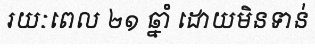
រយៈពេល ២១ ឆ្នាំ ដោយមិនទាន់